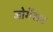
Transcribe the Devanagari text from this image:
जोर्गेंसन